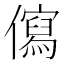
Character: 𭀄